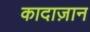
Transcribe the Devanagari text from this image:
कादाज़ान